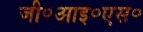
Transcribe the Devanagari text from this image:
जी॰आइ॰एस॰